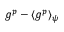
g ^ { p } - \langle g ^ { p } \rangle _ { \psi }